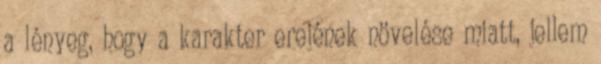
a lényeg, hogy a karakter erejének növelése miatt, jellem